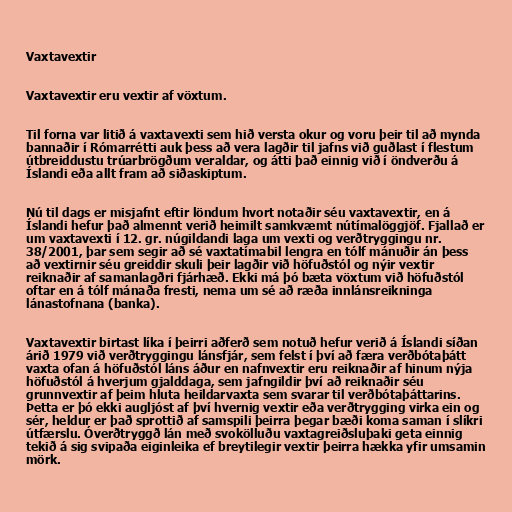
Vaxtavextir

Vaxtavextir eru vextir af vöxtum.

Til forna var litið á vaxtavexti sem hið versta okur og voru þeir til að mynda
bannaðir í Rómarrétti auk þess að vera lagðir til jafns við guðlast í flestum
útbreiddustu trúarbrögðum veraldar, og átti það einnig við í öndverðu á
Íslandi eða allt fram að siðaskiptum.

Nú til dags er misjafnt eftir löndum hvort notaðir séu vaxtavextir, en á
Íslandi hefur það almennt verið heimilt samkvæmt nútímalöggjöf. Fjallað er
um vaxtavexti í 12. gr. núgildandi laga um vexti og verðtryggingu nr.
38/2001, þar sem segir að sé vaxtatímabil lengra en tólf mánuðir án þess
að vextirnir séu greiddir skuli þeir lagðir við höfuðstól og nýir vextir
reiknaðir af samanlagðri fjárhæð. Ekki má þó bæta vöxtum við höfuðstól
oftar en á tólf mánaða fresti, nema um sé að ræða innlánsreikninga
lánastofnana (banka).

Vaxtavextir birtast líka í þeirri aðferð sem notuð hefur verið á Íslandi síðan
árið 1979 við verðtryggingu lánsfjár, sem felst í því að færa verðbótaþátt
vaxta ofan á höfuðstól láns áður en nafnvextir eru reiknaðir af hinum nýja
höfuðstól á hverjum gjalddaga, sem jafngildir því að reiknaðir séu
grunnvextir af þeim hluta heildarvaxta sem svarar til verðbótaþáttarins.
Þetta er þó ekki augljóst af því hvernig vextir eða verðtrygging virka ein og
sér, heldur er það sprottið af samspili þeirra þegar bæði koma saman í slíkri
útfærslu. Óverðtryggð lán með svokölluðu vaxtagreiðsluþaki geta einnig
tekið á sig svipaða eiginleika ef breytilegir vextir þeirra hækka yfir umsamin
mörk.